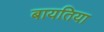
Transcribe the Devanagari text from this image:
बायतिया